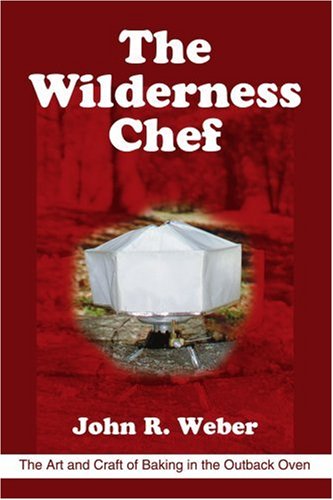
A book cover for The Wilderness Chef: The Art and Craft of Baking in the Outback Oven; John R Weber; Cookbooks, Food & Wine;